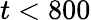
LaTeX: t<800